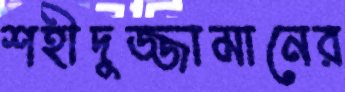
শহীদুজ্জামানের